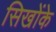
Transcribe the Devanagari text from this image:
सिखोंके